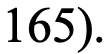
165).